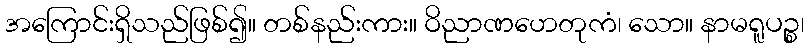
အကြောင်းရှိသည်ဖြစ်၍။ တစ်နည်းကား။ ဝိညာဏဟေတုကံ၊ သော။ နာမရူပဉ္စ၊